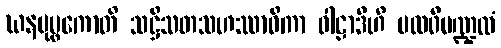
ဃနပုပ္ဖကောတိ သဋ္ဌိသတသဟဿာဓိကာ ဝါဠာဒီဟိ ပထဝီမဏ္ဍလံ